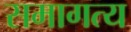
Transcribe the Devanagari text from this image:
समागत्य